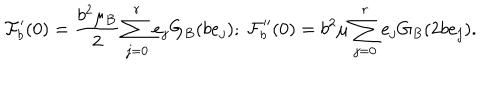
\mathcal { F } _ { b } ^ { \prime } ( 0 ) = \frac { b ^ { 2 } \mu _ { B } } { 2 } \sum _ { j = 0 } ^ { r } e _ { j } G _ { B } ( b e _ { j } ) ; \ \mathcal { F } _ { b } ^ { \prime \prime } ( 0 ) = b ^ { 2 } \mu \sum _ { j = 0 } ^ { r } e _ { j } G _ { B } ( 2 b e _ { j } ) .